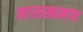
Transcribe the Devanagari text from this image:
मासखमण